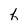
Character: h